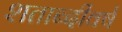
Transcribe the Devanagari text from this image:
शताब्दीवर्ष